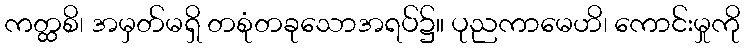
ကတ္ထစိ၊ အမှတ်မရှိ တစုံတခုသောအရပ်၌။ ပုညကာမေဟိ၊ ကောင်းမှုကို